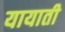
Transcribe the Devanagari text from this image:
यायाती